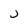
Character: j